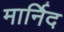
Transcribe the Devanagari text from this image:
मार्निद